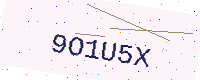
Text: 9O1U5X